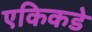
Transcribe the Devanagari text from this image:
एकिकडे